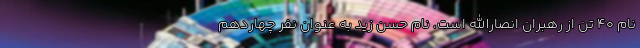
نام ۴۰ تن از رهبران انصارالله است، نام حسن زید به عنوان نفر چهاردهم